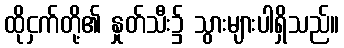
ထိုငှက်တို့၏ နှုတ်သီး၌ သွားများပါရှိသည်။